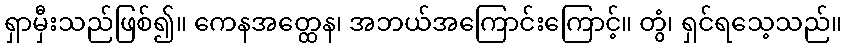
ရှာမှီးသည်ဖြစ်၍။ ကေနအတ္ထေန၊ အဘယ်အကြောင်းကြောင့်။ တွံ၊ ရှင်ရသေ့သည်။